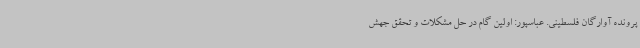
پرونده آوارگان فلسطینی. عباسپور: اولین گام در حل مشکلات و تحقق جهش